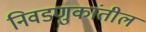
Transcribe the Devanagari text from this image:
निवडणुकांतील